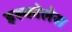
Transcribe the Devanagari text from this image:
इस्कोलेस